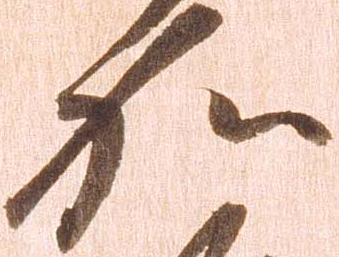
加